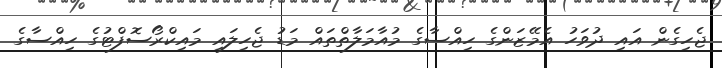
ޖެހިގެން އައި ދުވަހު އެމޭޒަންގެ ހިއްސާގެ މުއާމަލާތްތައް މަޑު ޖެހިލައި މައިކްރޯސޮފްޓުގެ ހިއްސާގެ